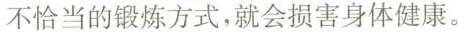
不恰当的锻炼方式，就会损害身体健康。